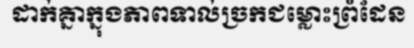
ដាក់គ្នាក្នុងភាពទាល់ច្រកជម្លោះព្រំដែន